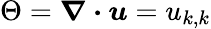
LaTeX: \Theta=\boldsymbol{\nabla\cdot u}=u_{k,k}